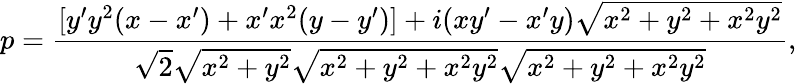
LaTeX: p={\frac{[y^{\prime}y^{2}(x-x^{\prime})+x^{\prime}x^{2}(y-y^{\prime})]+i(xy^{\prime}-x^{\prime}y){\sqrt{x^{2}+y^{2}+x^{2}y^{2}}}}{{\sqrt{2}}{\sqrt{x^{2}+y^{2}}}{\sqrt{x^{2}+y^{2}+x^{2}y^{2}}}{\sqrt{x^{2}+y^{2}+x^{2}y^{2}}}}},